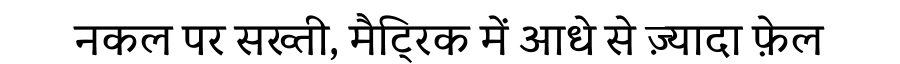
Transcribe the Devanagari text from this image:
नकल पर सख्ती, मैट्रिक में आधे से ज़्यादा फ़ेल